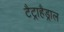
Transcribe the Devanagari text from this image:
टैट्राहैड्राल